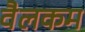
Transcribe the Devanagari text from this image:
वैलकम